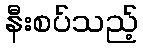
နီးစပ်သည့်